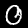
Digit: 0